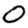
Digit: 0